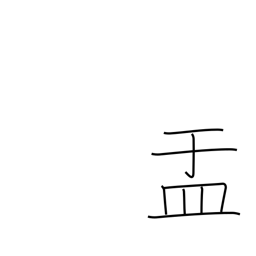
Meaning: bowl